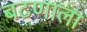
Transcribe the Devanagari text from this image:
बटणाला